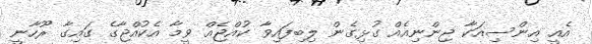
އެއީ އިންސިއަކާ ޖިންނިއެއް ގުޅިގެން ލިބިފައިވާ ކުއްޖެއް ވީމާ އެކުއްޖާގެ ގައިގާ ރޫހާނީ